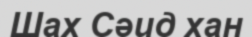
Шах Сәид хан